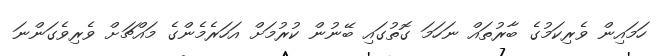
ހަމައިން ވެރިކަމުގެ ބާރުތައް ނަހަމަ ގޮތުގައި ބޭނުން ކުރުމަށް އަހަރެމެންގެ މައްޗަށް ވެރިވެގަންނަ